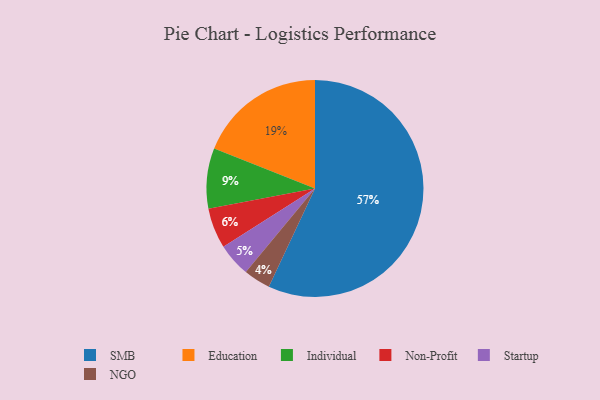
{"axis": {"x": "Category", "y": "Percentage"}, "legend": ["Education", "Individual", "NGO", "Non-Profit", "SMB", "Startup"], "data": [{"x": "SMB", "y": 57, "type": "SMB"}, {"x": "Startup", "y": 5, "type": "Startup"}, {"x": "Non-Profit", "y": 6, "type": "Non-Profit"}, {"x": "Education", "y": 19, "type": "Education"}, {"x": "Individual", "y": 9, "type": "Individual"}, {"x": "NGO", "y": 4, "type": "NGO"}]}